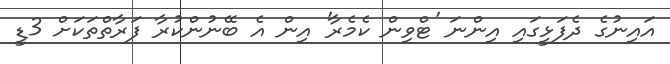
އައިނުގެ ދެފަޅީގައި އިންނަ 'ޓްވިން ކެމެރާ' އިން އެ ބޭނުންކުރާ ފަރާތްތަކަށް 3ޑީ